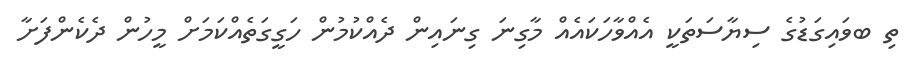
ތި ބވައިގަޑުގެ ސިޔާސަތަކީ އެއްވާހަކައެއް މާގިނަ ގިނައިން ދެއްކުމުން ހަގީގަތެއްކަމަށް މީހުން ދެކެންފަށާ